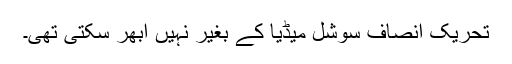
تحریکِ انصاف سوشل میڈیا کے بغیر نہیں ابھر سکتی تھی۔